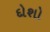
દોશો